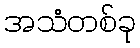
အသံတစ်ခု